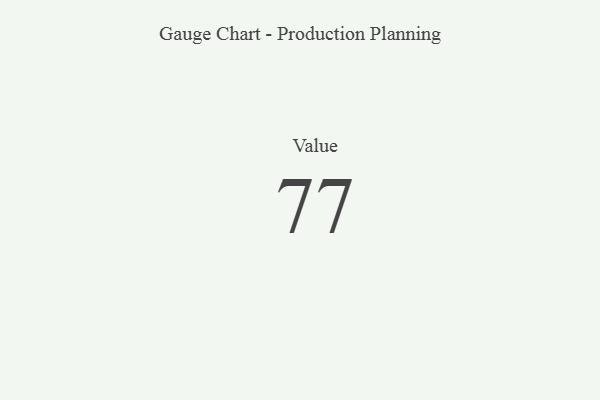
{"axis": {"x": "Metric", "y": "Value"}, "legend": [""], "data": [{"x": "Value", "y": 77, "type": ""}]}